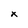
Character: x